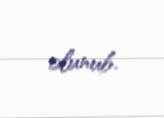
olunub.